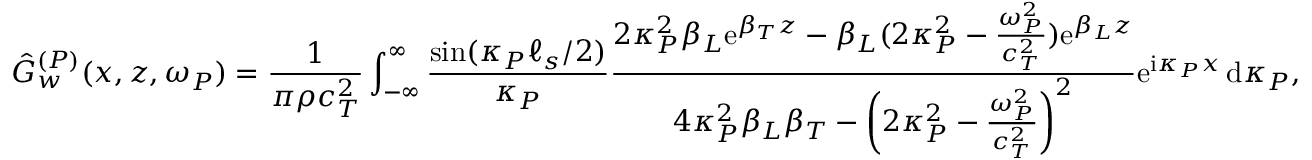
\hat { G } _ { w } ^ { ( P ) } ( x , z , \omega _ { P } ) = \frac { 1 } { \pi \rho c _ { T } ^ { 2 } } \int _ { - \infty } ^ { \infty } \frac { \sin ( \kappa _ { P } \ell _ { s } / 2 ) } { \kappa _ { P } } \frac { 2 \kappa _ { P } ^ { 2 } \beta _ { L } \mathrm { e } ^ { \beta _ { T } z } - \beta _ { L } ( 2 \kappa _ { P } ^ { 2 } - \frac { \omega _ { P } ^ { 2 } } { c _ { T } ^ { 2 } } ) \mathrm { e } ^ { \beta _ { L } z } } { 4 \kappa _ { P } ^ { 2 } \beta _ { L } \beta _ { T } - \left( 2 \kappa _ { P } ^ { 2 } - \frac { \omega _ { P } ^ { 2 } } { c _ { T } ^ { 2 } } \right) ^ { 2 } } \mathrm { e } ^ { \mathrm { i } \kappa _ { P } x } \, \mathrm { d } \kappa _ { P } ,